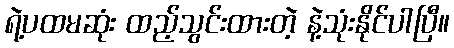
ရဲ့ပထမဆုံး ထည့်သွင်းထားတဲ့ နဲ့သုံးနိုင်ပါပြီ။